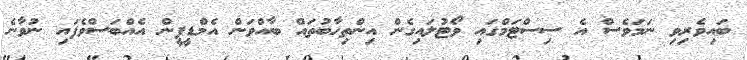
ބައިވެރިވި ނަމަވެސް އެ ސިސްޓަމްގައި ވޯޓުލައިގެން އިންތިހާބުތައް ބާއްވަން އެމްޑީޕީން އެއްބަސްވެފައި ނުވާނެ